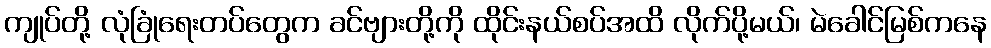
ကျုပ်တို့ လုံခြုံရေးတပ်တွေက ခင်ဗျားတို့ကို ထိုင်းနယ်စပ်အထိ လိုက်ပို့မယ်၊ မဲခေါင်မြစ်ကနေ